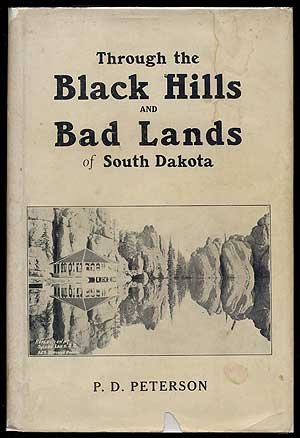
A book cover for Through the Black Hills and Bad Lands of South Dakota; P. D Peterson; Travel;